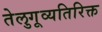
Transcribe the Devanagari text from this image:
तेलुगूव्यतिरिक्त